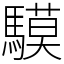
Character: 䮬